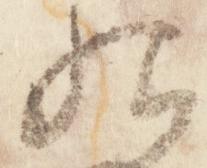
恨